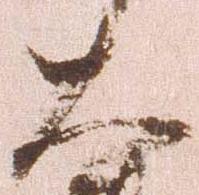
大